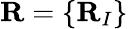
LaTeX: {\mathbf R}=\{ {\mathbf R}_{I}\}